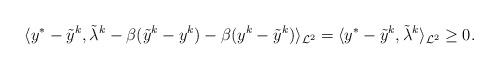
LaTeX: \begin{align*}\langle y^*-\tilde{y}^k,\tilde{\lambda}^k-\beta(\tilde{y}^k-y^k)-\beta(y^k-\tilde{y}^k)\rangle_{\mathcal{L}^2}=\langle y^*-\tilde{y}^k,\tilde{\lambda}^k\rangle_{\mathcal{L}^2}\geq0.\end{align*}